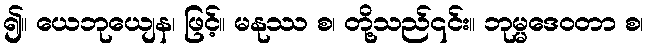
၍။ ယေဘုယျေန၊ ဖြင့်။ မနုဿ စ၊ တို့သည်၎င်း။ ဘုမ္မဒေဝတာ စ၊